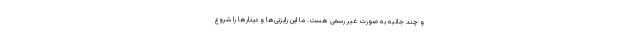
و چند جانبه به صورت غیر رسمی هست. ما این رایزنی‌ها و دیدارها را شروع